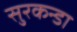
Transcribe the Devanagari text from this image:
सुरकन्डा